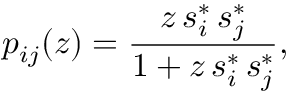
p _ { i j } ( z ) = \frac { z \, s _ { i } ^ { * } \, s _ { j } ^ { * } } { 1 + z \, s _ { i } ^ { * } \, s _ { j } ^ { * } } ,